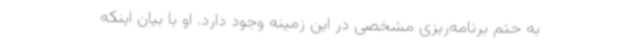
به حتم برنامه‌ریزی مشخصی در این زمینه وجود دارد. او با بیان اینکه